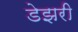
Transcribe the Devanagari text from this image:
डेझरी